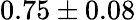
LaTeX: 0.75\pm 0.08